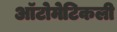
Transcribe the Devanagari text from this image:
ऑटोमेटिकली